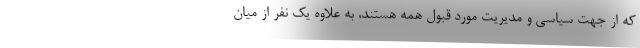
که از جهت سیاسی و مدیریت مورد قبول همه هستند، به علاوه یک نفر از میان